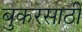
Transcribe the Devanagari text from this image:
बुकरसाठी